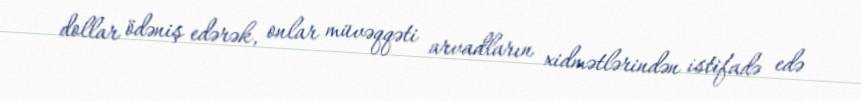
dollar ödəniş edərək, onlar müvəqqəti arvadların xidmətlərindən istifadə edə